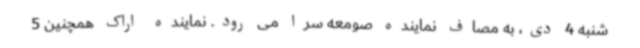
شنبه 4 دی، به مصاف نماینده صومعه سرا می رود. نماینده اراک همچنین 5